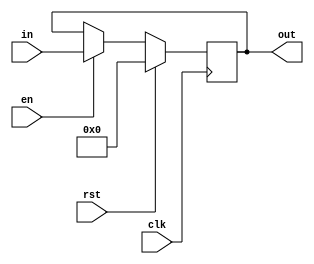
`timescale 1ns / 1ps



module flop_en #(parameter WIDTH = 8)(
	input wire clk,rst,en,
	input wire[WIDTH-1:0] in,
	output reg[WIDTH-1:0] out
    );
	always @(posedge clk) begin
		if(rst) begin
			out <= 0;
		end else if(en) begin
			out <= in;
		end
	end
endmodule